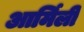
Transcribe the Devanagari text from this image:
आर्मिली